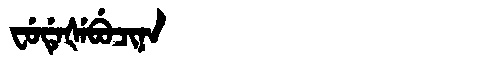
Manchu: ᠸᡠᡩᡝᡧᡝᠪᡠᠴᡳᠨᠠ
Romanization: FUDEŠEBUCINA